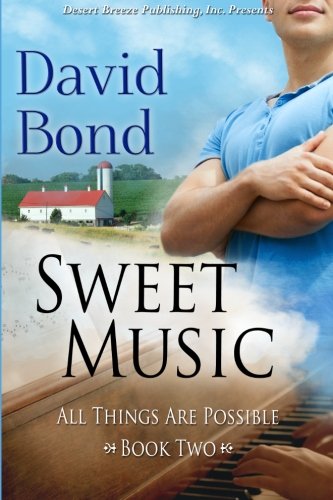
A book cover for All Things Are Possible Book Two: Sweet Music (Volume 2); David Bond; Romance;